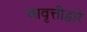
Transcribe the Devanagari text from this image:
आवृत्तीद्वारे